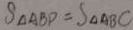
S _ { \Delta A B D } = S _ { \Delta A B C }